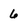
Character: 6